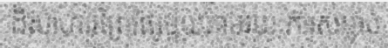
ដ៏សាហាវព្រៃផ្សៃមួយតាមរយៈការសម្លាប់